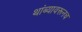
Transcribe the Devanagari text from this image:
थांब्यावरूनच